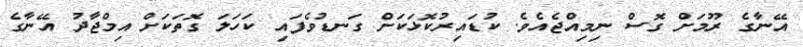
އޭނާގެ ރޫމަށް ގޮސް ނިމިއްޖެއެވެ. ކުޑައިރުކޮޅަކަށް ގަނޑުވެފައި ކަހަލަ ގޮތަކަށް އިމްޖާދު އޭނާގެ